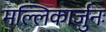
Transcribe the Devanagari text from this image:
मल्लिकार्जुनः